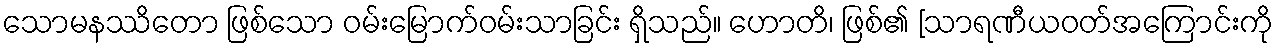
သောမနဿိတော ဖြစ်သော ဝမ်းမြောက်ဝမ်းသာခြင်း ရှိသည်။ ဟောတိ၊ ဖြစ်၏ [သာရဏီယဝတ်အကြောင်းကို